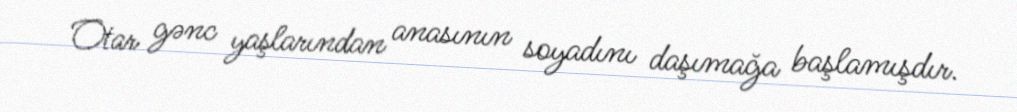
Otar gənc yaşlarından anasının soyadını daşımağa başlamışdır.